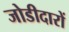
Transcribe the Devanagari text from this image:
जोडीदारों